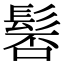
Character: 𩭍